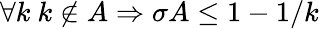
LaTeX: \forall k\ k\notin A\Rightarrow\sigma A\leq 1-1/k